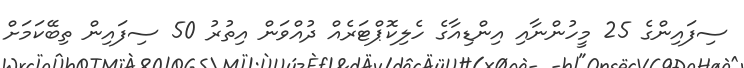
ސިފައިންގެ 25 މީހުންނާއި އިންޑިއާގެ ހެލިކޮޕްޓަރެއް ދުއްވަން އިތުރު 50 ސިފައިން ތިބޭކަމަށް